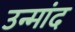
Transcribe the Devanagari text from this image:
उन्मांद